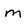
Character: m